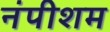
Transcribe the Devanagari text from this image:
नंपीशम